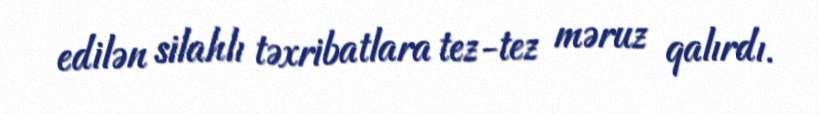
edilən silahlı təxribatlara tez-tez məruz qalırdı.